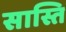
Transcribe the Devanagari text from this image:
सास्ति